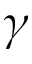
\gamma